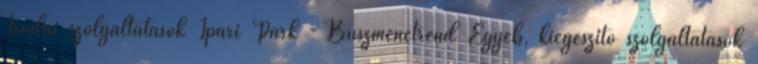
Irodai szolgáltatások Ipari Park - Buszmenetrend Egyéb, kiegészítő szolgáltatások